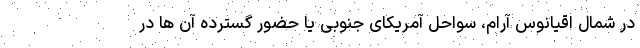
در شمال اقیانوس ‌آرام، سواحل آمریکای جنوبی یا حضور گسترده آن ها در